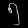
Digit: ၅